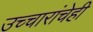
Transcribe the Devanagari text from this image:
उच्चारांचेही